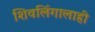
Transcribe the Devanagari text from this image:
शिवलिंगालाही